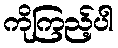
ကိုကြည့်ပါ